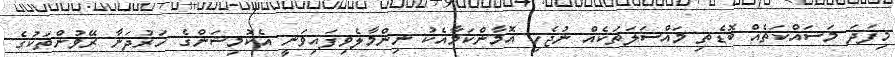
މިފަދަ މަސައްކަތެއް ބޮޑެތި މައްސަލަތަކެއް ނުޖެހި އޮމާންކަމާއެކު ނިންމާލެވިފައިވަނީ އެކޮމިޝަންގެ ހަރުދަނާ ރޭވުންތަކުގެ